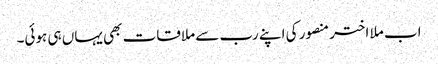
اب ملا اختر منصور کی اپنے رب سے ملاقات بھی یہاں ہی ہوئی۔